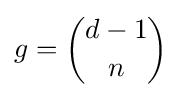
g={\binom {d-1}{n}}